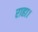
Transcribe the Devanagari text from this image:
राहा।